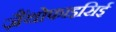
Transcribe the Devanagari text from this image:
ज़ैंथोफाइसिई